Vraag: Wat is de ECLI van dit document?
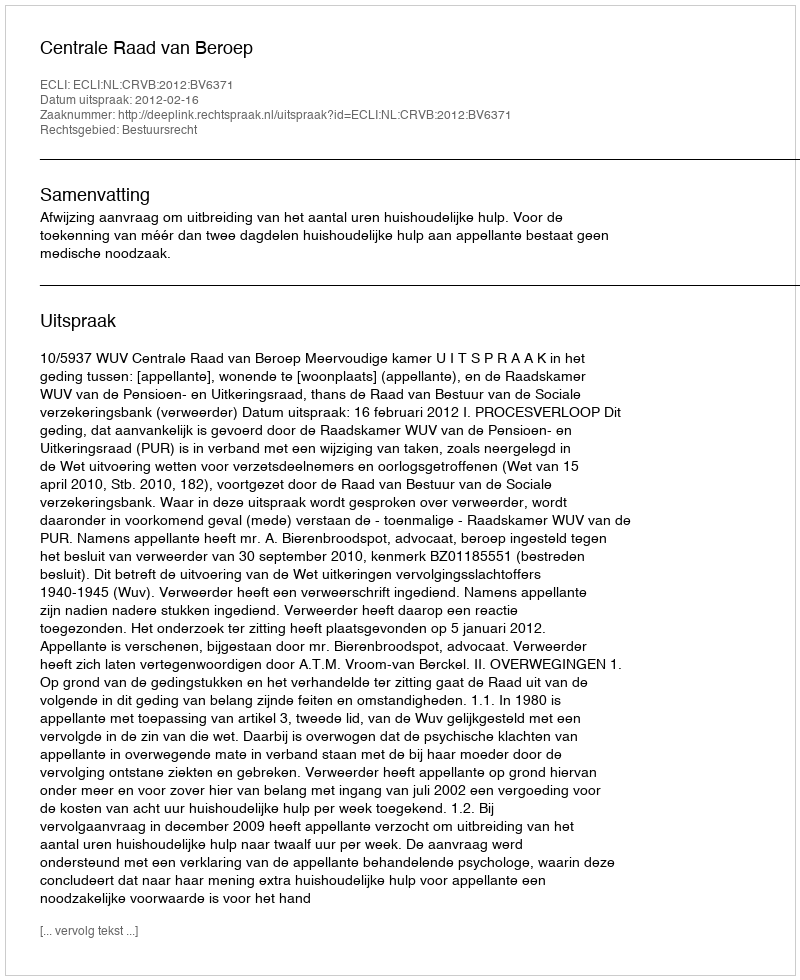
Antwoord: ECLI:NL:CRVB:2012:BV6371